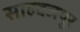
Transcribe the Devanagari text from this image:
साहबजपुर